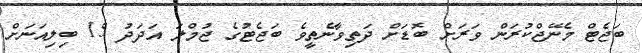
ބަޖެޓް މެނޭޖްކުރަން ވަރަށް ބޮޑަށް ދަތިވާނެތީވެ ބަޖެޓުގެ ޖުމްލަ އަދަދު 15 ބިލިއަނަށް